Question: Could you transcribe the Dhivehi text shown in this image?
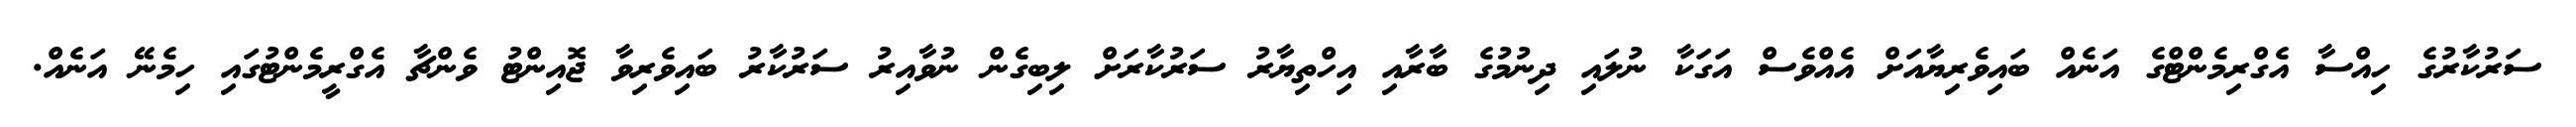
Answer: ސަރުކާރުގެ ހިއްސާ އެގްރިމެންޓްގެ އަނެއް ބައިވެރިޔާއަށް އެއްވެސް އަގަކާ ނުލައި ދިނުމުގެ ބާރާއި އިހްތިޔާރު ސަރުކާރަށް ލިބިގެން ނުވާއިރު ސަރުކާރު ބައިވެރިވާ ޖޮއިންޓު ވެންޗާ އެގްރީމެންޓުގައި ހިމެނޭ އަނެއް.